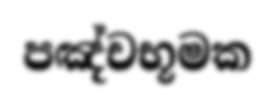
පඤ්චභූමක